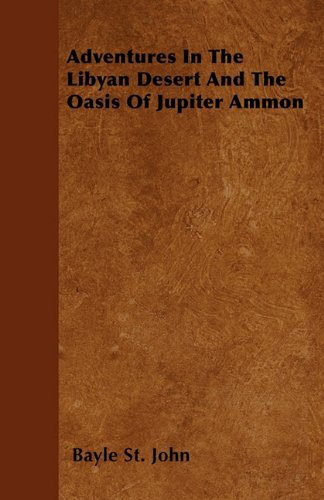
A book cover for Adventures In The Libyan Desert And The Oasis Of Jupiter Ammon; Bayle St. John; Travel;